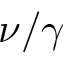
\nu / \gamma